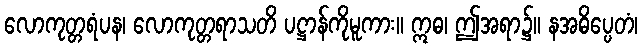
လောကုတ္တရံပန၊ လောကုတ္တရာသတိ ပဋ္ဌာန်ကိုမူကား။ ဣဓ၊ ဤအရာ၌။ နအဓိပ္ပေတံ၊